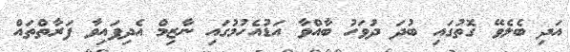
އަދި ބެލެވޭ ގޮތުގައި ބުދަ ދުވަހު ބާއްވާ އަޑުއެހުމުގައި ނާޒިމް އެދިފައިވާ ފަރާތްތައް